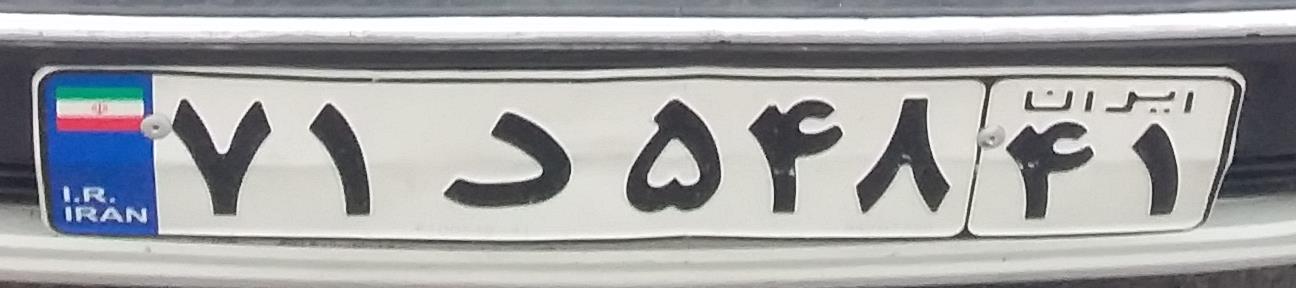
۷۱د۵۴۸۴۱